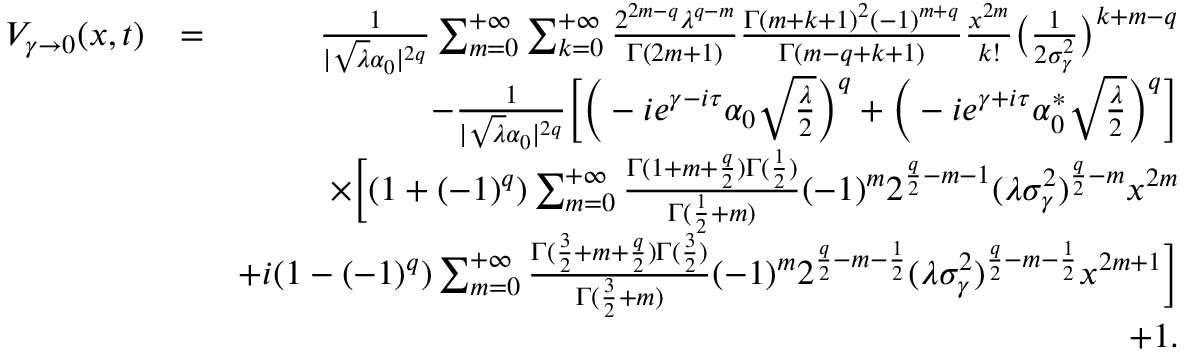
\begin{array} { r l r } { V _ { \gamma \rightarrow 0 } ( x , t ) } & { = } & { \frac { 1 } { | \sqrt { \lambda } \alpha _ { 0 } | ^ { 2 q } } \sum _ { m = 0 } ^ { + \infty } \sum _ { k = 0 } ^ { + \infty } \frac { 2 ^ { 2 m - q } \lambda ^ { q - m } } { \Gamma ( 2 m + 1 ) } \frac { \Gamma ( m + k + 1 ) ^ { 2 } ( - 1 ) ^ { m + q } } { \Gamma ( m - q + k + 1 ) } \frac { x ^ { 2 m } } { k ! } \big ( \frac { 1 } { 2 \sigma _ { \gamma } ^ { 2 } } \big ) ^ { k + m - q } } \\ & { } & { - \frac { 1 } { | \sqrt { \lambda } \alpha _ { 0 } | ^ { 2 q } } \Big [ \Big ( - i e ^ { \gamma - i \tau } \alpha _ { 0 } \sqrt { \frac { \lambda } { 2 } } \Big ) ^ { q } + \Big ( - i e ^ { \gamma + i \tau } \alpha _ { 0 } ^ { * } \sqrt { \frac { \lambda } { 2 } } \Big ) ^ { q } \Big ] } \\ & { } & { \times \Big [ ( 1 + ( - 1 ) ^ { q } ) \sum _ { m = 0 } ^ { + \infty } \frac { \Gamma ( 1 + m + \frac { q } { 2 } ) \Gamma ( \frac { 1 } { 2 } ) } { \Gamma ( \frac { 1 } { 2 } + m ) } ( - 1 ) ^ { m } 2 ^ { \frac { q } { 2 } - m - 1 } ( \lambda \sigma _ { \gamma } ^ { 2 } ) ^ { \frac { q } { 2 } - m } x ^ { 2 m } } \\ & { } & { + i ( 1 - ( - 1 ) ^ { q } ) \sum _ { m = 0 } ^ { + \infty } \frac { \Gamma ( \frac { 3 } { 2 } + m + \frac { q } { 2 } ) \Gamma ( \frac { 3 } { 2 } ) } { \Gamma ( \frac { 3 } { 2 } + m ) } ( - 1 ) ^ { m } 2 ^ { \frac { q } { 2 } - m - \frac { 1 } { 2 } } ( \lambda \sigma _ { \gamma } ^ { 2 } ) ^ { \frac { q } { 2 } - m - \frac { 1 } { 2 } } x ^ { 2 m + 1 } \Big ] } \\ & { } & { + 1 . } \end{array}